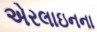
એરલાઇનના